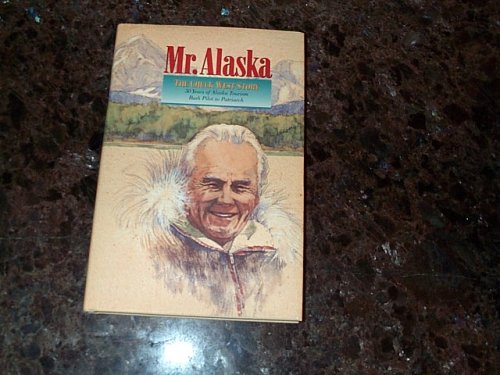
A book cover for Mr. Alaska: The Chuck West Story; Charles B. West; Travel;